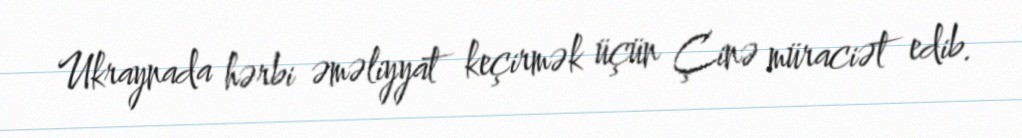
Ukraynada hərbi əməliyyat keçirmək üçün Çinə müraciət edib.